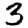
Digit: 3